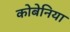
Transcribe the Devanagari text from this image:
कोबेनिया